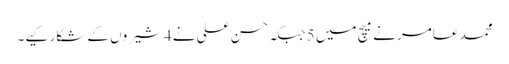
محمد عامر نے میچ میں 5 جبکہ حسن علی نے 4 شیروں کے شکار کیے۔